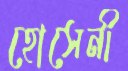
হোসেনী